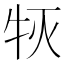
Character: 𰠰